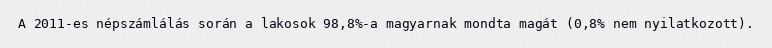
A 2011-es népszámlálás során a lakosok 98,8%-a magyarnak mondta magát (0,8% nem nyilatkozott).